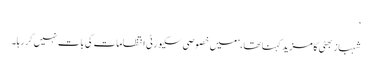
‘
شہباز بھٹی کا مزید کہنا تھا، ’میں خصوصی سکیورٹی انتظامات کی بات نہیں کر رہا۔